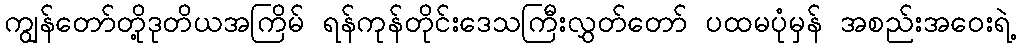
ကျွန်တော်တို့ဒုတိယအကြိမ် ရန်ကုန်တိုင်းဒေသကြီးလွှတ်တော် ပထမပုံမှန် အစည်းအဝေးရဲ့